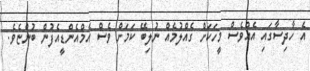
އެ ހާދިސާގައި އެއްވެސް މީހަކަށް ގެއްލުމެއް ނުލިބޭ ކަމަށް ވެސް އެމްއެންޑީއެފުން ބުންޏެވެ.